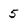
Character: 5